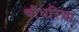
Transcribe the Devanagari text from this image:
चौधरिया